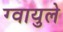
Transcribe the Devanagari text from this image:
ग्वायुले